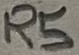
Text: R5